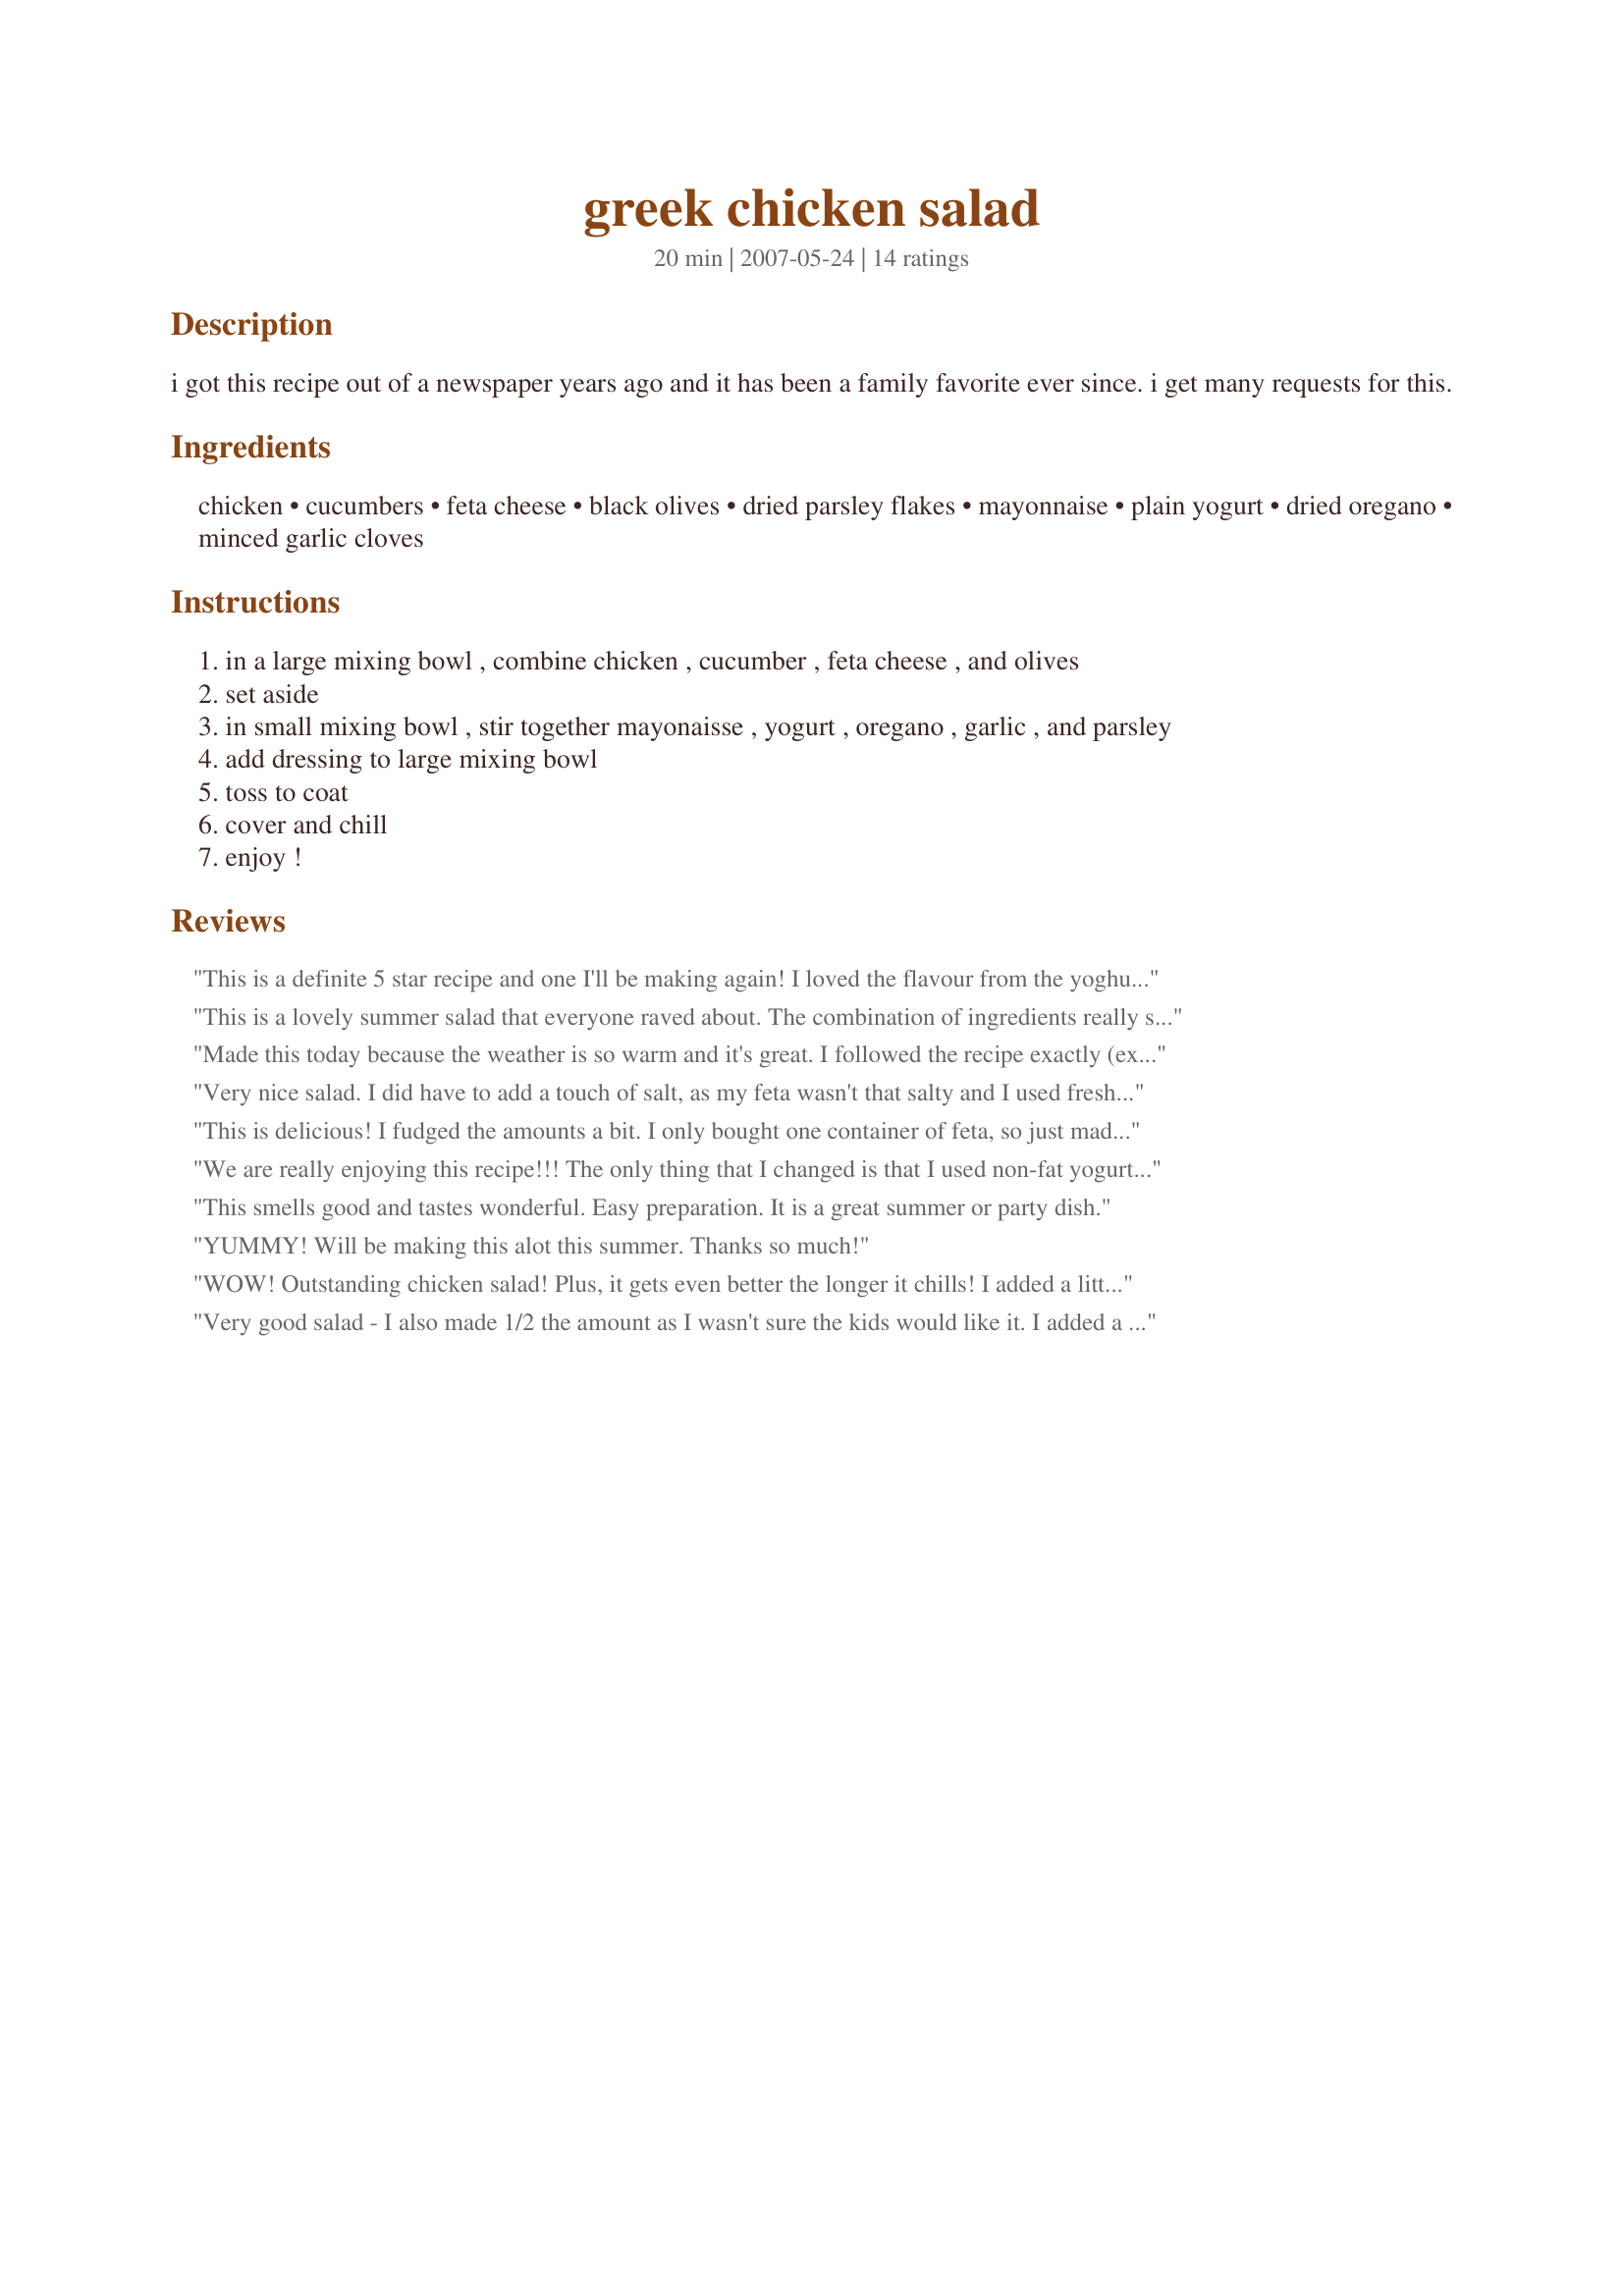
greek chicken salad
Preparation time: 20 minutes

i got this recipe out of a newspaper years ago and it has been a family favorite ever since. i get many requests for this.

Ingredients:
chicken, cucumbers, feta cheese, black olives, dried parsley flakes, mayonnaise, plain yogurt, dried oregano, minced garlic cloves

Steps:
in a large mixing bowl , combine chicken , cucumber , feta cheese , and olives
set aside
in small mixing bowl , stir together mayonaisse , yogurt , oregano , garlic , and parsley
add dressing to large mixing bowl
toss to coat
cover and chill
enjoy !

Reviews:
This is a definite 5 star recipe and one I'll be making again! I loved the flavour from the yoghurt (I used low fat) and the other flavours balanced together perfectly. I added some baby plum tomatoes but waited until just before serving so they wouldn't make the dressing too thin. I could see lemon juice working brilliantly with this! Thanks for a super recipe!
This is a lovely summer salad that everyone raved about. The combination of ingredients really sets this apart from other salads and it is so easy to prepare too. Thanks for sharing, SweetsLady. Can't wait to make it again!
Made this today because the weather is so warm and it's great. I followed the recipe exactly (except I used a seedless English cucumber). I plan to serve it as a wrap and on a bed of lettuce.

Easy...easy....easy...to make and delicious. This is a recipe I'll definitely serve to guests.
Very nice salad. I did have to add a touch of salt, as my feta wasn't that salty and I used fresh chopped parsley. :)
This is delicious! I fudged the amounts a bit. I only bought one container of feta, so just made do, it was probably 1/2-3/4 cup. Thanks for sharing this, I will be making it again for sure!
We are really enjoying this recipe!!! The only thing that I changed is that I used non-fat yogurt, and reduced fat feta cheese. Thank you for posting the recipe. Also I need to tell you what a beautiful family you are!
This smells good and tastes wonderful. Easy preparation. It is a great summer or party dish.
YUMMY! Will be making this alot this summer. Thanks so much!
WOW! Outstanding chicken salad! Plus, it gets even better the longer it chills! I added a little chopped red onion, but otherwise made this as written, and you can bet that I'll be making this again. Thanx for a superb chicken salad!
Very good salad - I also made 1/2 the amount as I wasn't sure the kids would like it. I added a little lemon juice (~Rita~'s suggestion) and also added some chopped green pepper. Great served in pita bread with leafy green lettuce! It is true it gets better the longer it sits. The next day I had some marinated artichoke hearts in the fridge that I needed to use up, so chopped them and added them to the remainder of the salad - it was good this way as well! Thanks for posting, SweetsLady. Made and reviewed for Potluck Tag May 2008.
Very good! Instead of boiled chicken, I marinated 3 chicken breasts and baked them in the oven. Otherwise, followed the recipe to a T, and it was great. Served in pita pockets with spinach leaves and diced tomatoes.
Got this recipe in a magazine years ago and it has been my go to recipe since. Whenever I have served it, everyone ask for the recipe.
I made 1/2 the amount making most without olives and feta because DH doesn`t like it. I did taste it and it was very good without them. I added olives and feta to my portion and enjoyed the saltiness it added. Also squeezed some lemon juice on the salad. Served on fresh hard rolls. Thanks S L!
A great Greek find in this recipe! I first wondered about the combination of ingredients, especially the cucumbers. However, my family has tried it and really likes it.
